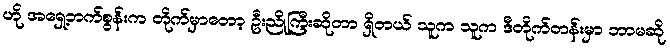
ဟို အရှေ့ဘက်စွန်းက တိုက်မှာတော့ ဦးညိုကြီးဆိုတာ ရှိတယ် သူက သူက ဒီတိုက်တန်းမှာ ဘာမဆို